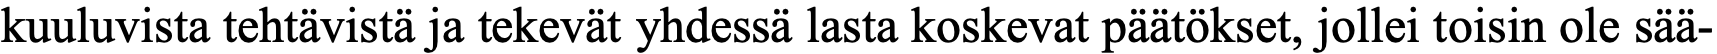
kuuluvista tehtävistä ja tekevät yhdessä lasta koskevat päätökset, jollei toisin ole sää-